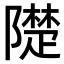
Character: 𨼪